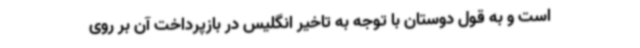
است و به قول دوستان با توجه به تاخیر انگلیس در بازپرداخت آن بر روی